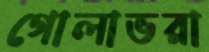
গোলাভরা